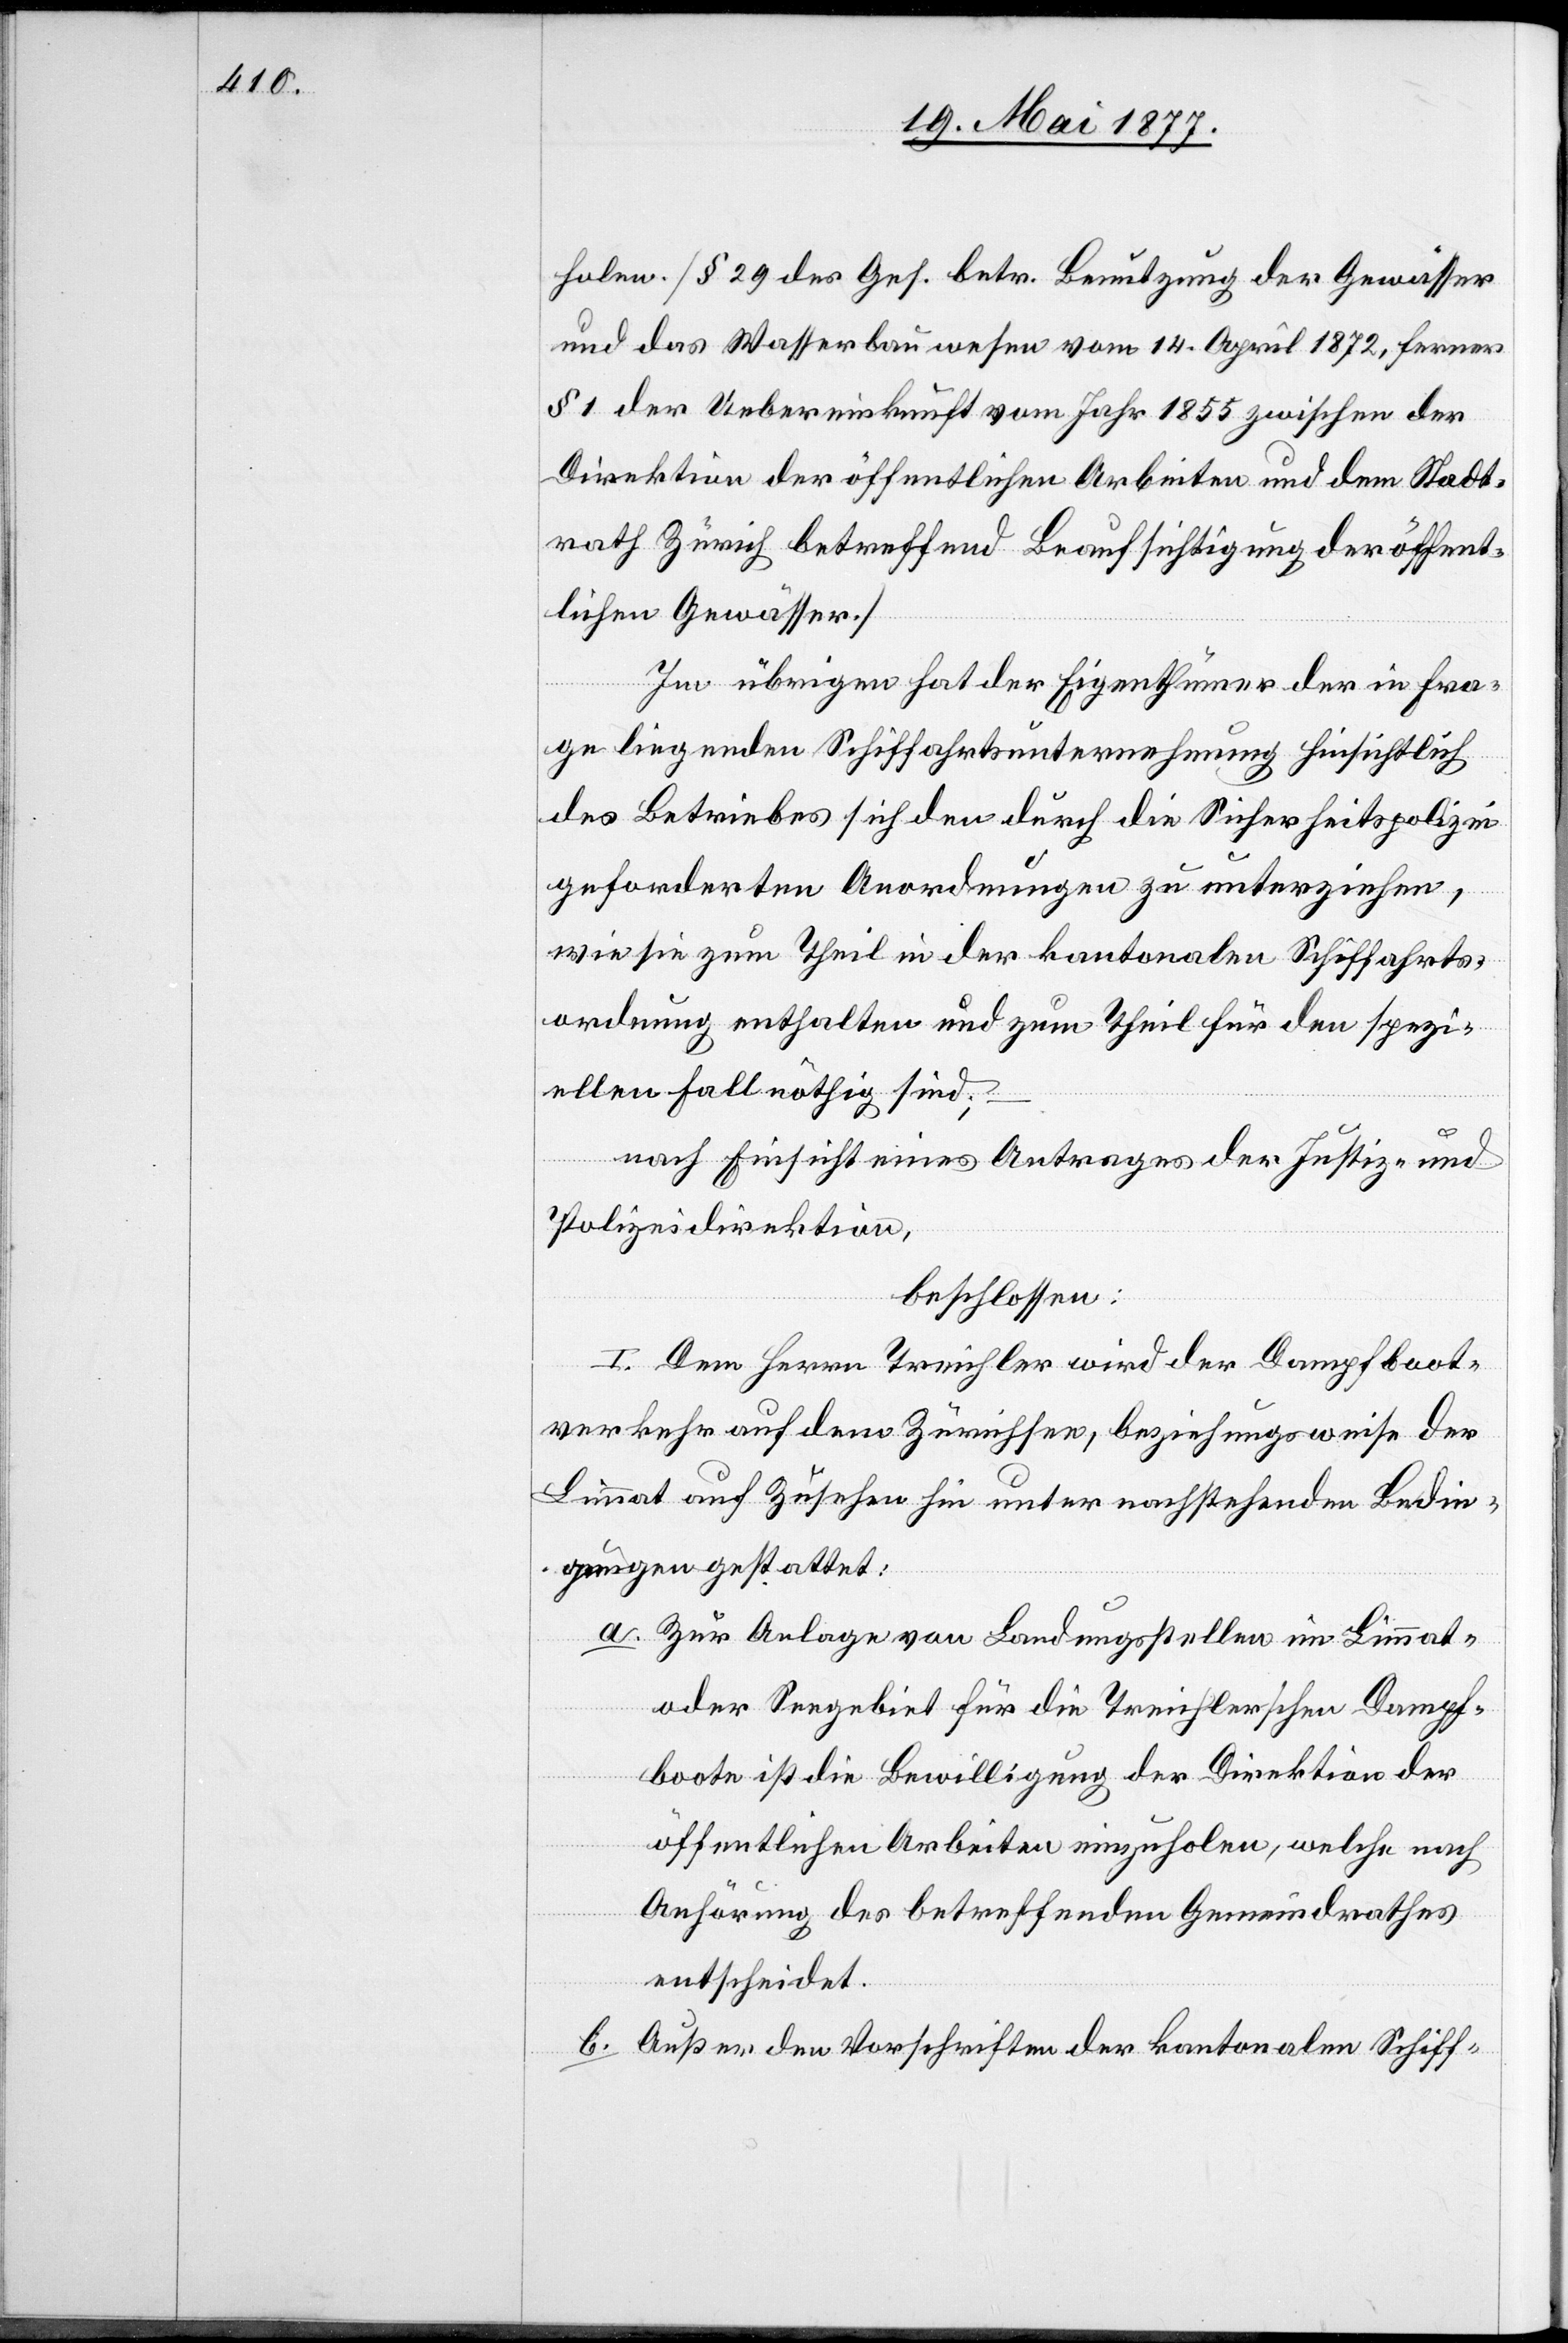
holen. [§ 29 des Ges. betr. Benutzung der Gewässer
und das Wasserbauwesen vom 14. April 1872, ferner
§ 1 der Uebereinkunft vom Jahr 1855 zwischen der
Direktion der öffentlichen Arbeiten und dem Stadt¬
rath Zürich betreffend Beaufsichtigung der öffent¬
lichen Gewässer.]
Im Uebrigen hat der Eigenthümer der in Fra¬
ge liegenden Schiffahrtsunternehmung hinsichtlich
des Betriebes sich den durch die Sicherheitspolizei
geforderten Anordnungen zu unterziehen,
wie sie zum Theil in der kantonalen Schiffahrts¬
ordnung enthalten und zum Theil für den spezi¬
ellen Fall nöthig sind.
–
nach Einsicht eines Antrages der Justiz- und
Polizeidirektion,
beschlossen:
I. Dem Herrn Treichler wird der Dampfboot¬
verkehr auf dem Zürichsee, beziehungsweise der
Limmat auf Zusehen hin unter nachstehenden Bedin¬
gungen gestattet:
a. Zur Anlage von Landungsstellen im Limmat-
oder Seegebiet für die Treichlerschen Dampf¬
boote ist die Bewilligung der Direktion der
öffentlichen Arbeiten einzuholen, welche nach
Anhörung des betreffenden Gemeindrathes
entscheidet.
b. Außer den Vorschriften der kantonalen Schiff-